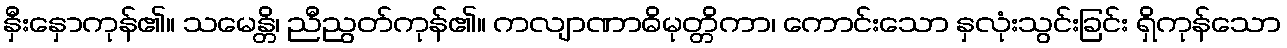
နှီးနှောကုန်၏။ သမေန္တိ၊ ညီညွတ်ကုန်၏။ ကလျာဏာဓိမုတ္တိကာ၊ ကောင်းသော နှလုံးသွင်းခြင်း ရှိကုန်သော